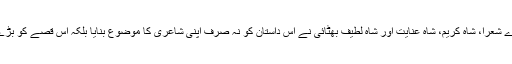
سندھ کے بہت ہی اوائلی اور بڑے شعرا، شاہ کریم، شاہ عنایت اور شاہ لطیف بھٹائی نے اس داستان کو نہ صرف اپنی شاعری کا موضوع بنایا بلکہ اس قصے کو بڑے دلچسپ انداز مین بیان بھی کیا۔